Report of the Indian Hemp Drugs Commission, 1894-1895 - Volume V
Year: 1894
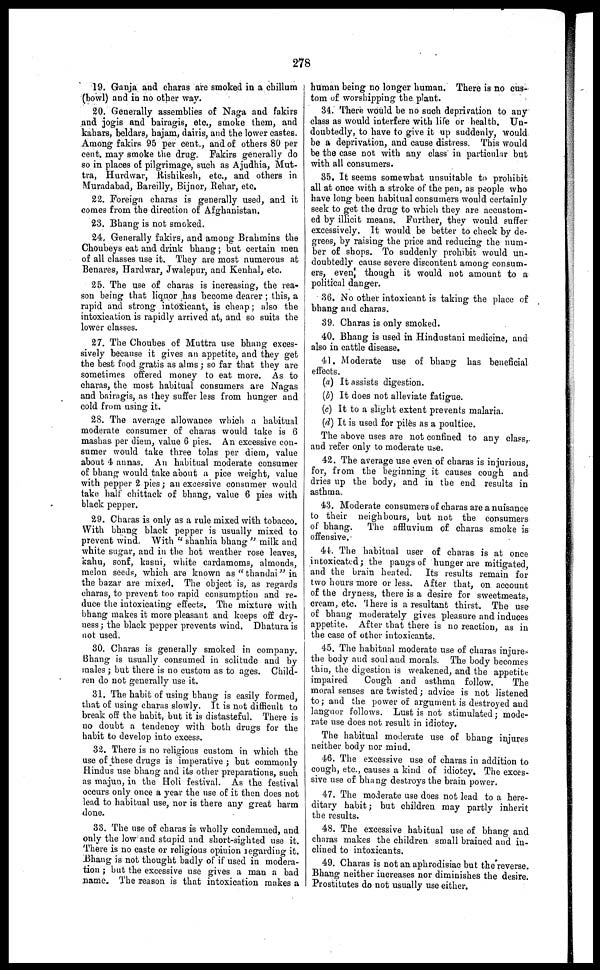
278
19. Ganja and charas are smoked in a chillum
(bowl) and in no other way.
20. Generally assemblies of Naga and fakirs
and jogis and bairagis, etc., smoke them, and
kahars, beldars, hajam, dairis, and the lower castes.
Among fakirs 95 per cent., and of others 80 per
cent. may smoke the drug. Fakirs generally do
so in places of pilgrimage, such as A judhia, Mut-
tra, Hurdwar, Rishikesh, etc., and others in
Muradabad, Bareilly, Bijnor, Rehar, etc.
22. Foreign charas is generally used, and it
comes from the direction of Afghanistan.
23. Bhang is not smoked.
24. Generally fakirs, and among Brahmins the
Choubeys eat and drink bhang ; but certain men
of all classes use it. They are most numerous at
Benares, Hardwar, Jwalepur, and Kenhal, etc.
25. The use of charas is increasing, the rea-
sou being that liquor has become dearer ; this, a
rapid and strong intoxicant, is cheap ; also the
intoxication is rapidly arrived at, and so suits the
lower classes.
27. The Choubes of Muttra use bhang exces-
sively because it gives an appetite, and they get
the best food gratis as alms ; so far that they are
sometimes offered money to eat more. As to |
charas, the most habitual consumers are Nagas
and bairagis, as they suffer less from hunger and
cold from using it.
28. The average allowance which a habitual
moderate consumer of charas would take is 6
mashas per diem, value 6 pies. An excessive con-
sumer would take three tolas per diem, value
about 4 annas. An habitual moderate consumer
of bhang would take about a pice weight, value
with pepper 2 pies; an excessive consumer would
take half chittack of bhang, value 6 pies with
black pepper.
29. Charas is only as a rule mixed with tobacco.
With bhang black pepper is usually mixed to
prevent wind. With "shanhia bhang" milk and
white sugar, and in the hot weather rose leaves,
kahu, sonf, kasni, white cardamoms, almonds,
melon seeds, which are known as "thandai" in
the bazar are mixed. The object is, as regards
charas, to prevent too rapid consumption and re-
duce the intoxicating effects. The mixture with
bhang makes it more pleasant and keeps off dry-
ness ; the black pepper prevents wind. Dhatura is
not used.
80. Charas is generally smoked in company.
Bhang is usually consumed in solitude and by
males ; but there is no custom as to ages. Child-
ren do not generally use it.
31. The habit of using bhang is easily formed,
that of using charas slowly. It is not difficult to
break off the habit, but it is distasteful. There is
no doubt a tendency with both drugs for the
habit to develop into excess.
32. There is no religious custom in which the
use of these drugs is imperative ; but commonly
Hindus use bhang and its other preparations, such
as majun, in the Holi festival. As the festival
occurs only once a year the use of it then does not
lead to habitual use, nor is there any great harm
done.
33. The use of charas is wholly condemned, and
only the low and stupid and short-sighted use it.
There is no caste or religious opinion regarding it.
Bhang is not thought badly of if used in modera-
tion ; but the excessive use gives a man a bad
name. The reason is that intoxication makes a
human being no longer human. There is no cus-
tom of worshipping the plant.
34. There would be no such deprivation to any
class as would interfere with life or health. Un-
doubtedly, to have to give it up suddenly, would
be a deprivation, and cause distress. This would
be the case not with any class in particular but
with all consumers.
35. It seems somewhat unsuitable to prohibit
all at once with a stroke of the pen, as people who
have long been habitual consumers would certainly
seek to get the drug to which they are accustom-
ed by illicit means. Further, they would suffer
excessively. It would be better to check by de-
grees, by raising the price and reducing the num-
ber of shops. To suddenly prohibit would un-
doubtedly cause severe discontent among consum-
ers, even though it would not amount to a
political danger.
36. No other intoxicant is taking the place of
bhang and charas.
39. Charas is only smoked.
40. Bhang is used in Hindustani medicine, and
also in cattle disease.
41. Moderate use of bhang has beneficial
effects.
(a) It assists digestion.
(b) It does not alleviate fatigue.
(c) It to a slight extent prevents malaria.
(d) It is used for piles as a poultice.
The above uses are not confined to any class,
and refer only to moderate use.
42. The average use even of charas is injurious,
for, from the beginning it causes cough and
dries up the body, and in the end results in
asthma.
43. Moderate consumers of charas are a nuisance
to their neighbours, but not the consumers
of bhang.
The affluvium of charas smoke is
offensive.
41. The habitual user of charas is at once
intoxicated; the pangs of hunger are mitigated,
and the brain heated. Its results remain for
two hours more or less. After that, on account
of the dryness, there is a desire for sweetmeats,
cream, etc. There is a resultant thirst. The use
of bhang moderately gives pleasure and induces
appetite. After that there is no reaction, as in
the case of other intoxicants.
45. The habitual moderate use of charas injure
the body and soul and morals. The body becomes
thin, the digestion is weakened, and the appetite
impaired
Cough and asthma follow.
The
moral senses are twisted ; advice is not listened
to ; and the power of argument is destroyed and
languor follows. Lust is not stimulated ; mode-
rate use does not result in idiotcy.
The habitual moderate use of bhang injures
neither body nor mind.
46. The excessive use of charas in addition to
cough, etc., causes a kind of idiotcy. The exces-
sive use of bhang destroys the brain power.
47. The moderate use does not lead to a here-
ditary habit; but children may partly inherit
the results.
48. The excessive habitual use of bhang and
charas makes the children small brained and in-
clined to intoxicants.
49. Charas is not an aphrodisiac but the reverse.
Bhang neither increases nor diminishes the desire.
Prostitutes do not usually use either.